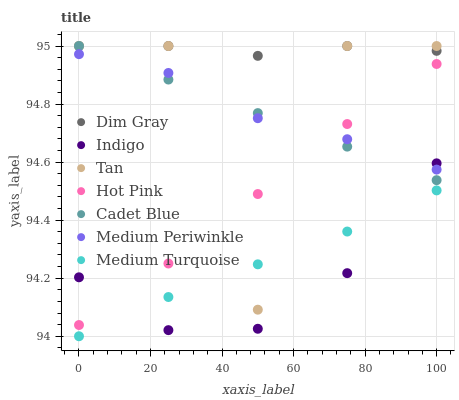
| xaxis_label | Dim Gray | Indigo | Tan | Hot Pink | Cadet Blue | Medium Periwinkle | Medium Turquoise |
 | --- | --- | --- | --- | --- | --- | --- | --- |
 | 0 | 95 | 94.2 | 95 | 94 | 95 | 95 | 94 |
 | 25 | 95 | 94 | 95 | 94.3 | 94.9 | 94.9 | 94.1 |
 | 50 | 95 | 94 | 94.1 | 94.5 | 94.8 | 94.8 | 94.2 |
 | 75 | 95 | 94.2 | 95 | 94.7 | 94.7 | 94.7 | 94.4 |
 | 100 | 95 | 94.6 | 95 | 94.9 | 94.5 | 94.6 | 94.5 |